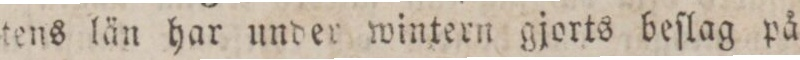
tens län har under wintern gjorts beſlag på